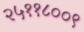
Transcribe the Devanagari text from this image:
२५११८००९